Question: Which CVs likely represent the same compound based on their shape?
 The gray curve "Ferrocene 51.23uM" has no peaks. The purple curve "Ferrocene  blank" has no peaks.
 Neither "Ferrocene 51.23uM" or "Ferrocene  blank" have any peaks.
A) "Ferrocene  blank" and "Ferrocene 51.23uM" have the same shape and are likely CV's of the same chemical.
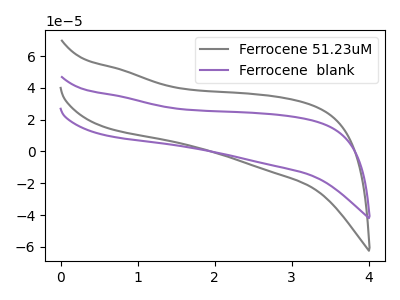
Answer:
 <answer>A) "Ferrocene  blank" and "Ferrocene 51.23uM" have the same shape and are likely CV's of the same chemical.</answer>
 <eval>A</eval>